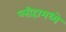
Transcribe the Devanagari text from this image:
प्लीहामध्ये